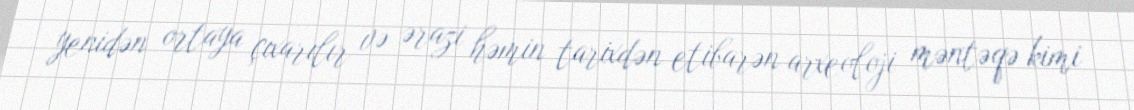
yenidən ortaya çıxarılır və ərazi həmin tarixdən etibarən arxeoloji məntəqə kimi